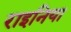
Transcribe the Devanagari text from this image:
राइनिया